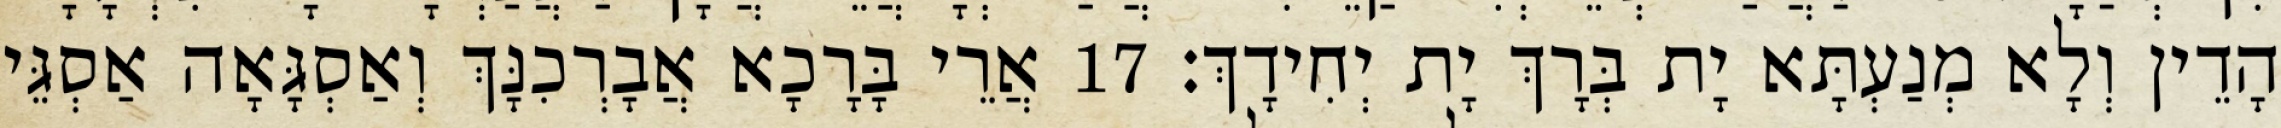
הָדֵין וְלָא מְנַעְתָּא יָת בְּרָךְ יָת יְחִידָךְ׃ 17 אֲרֵי בָּרָכָא אֲבָרְכִנָּךְ וְאַסְגָּאָה אַסְגֵּי